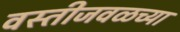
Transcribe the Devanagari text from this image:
वस्तीजवळच्या